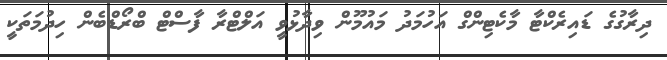
ދިރާގުގެ ޑައިރެކްޓާ މާކެޓިންގް އަހުމަދު މައުމޫން ވިދާޅުވީ އަލްޓްރާ ފާސްޓް ބްރޯޑްބެން ހިދުމަތަކީ